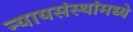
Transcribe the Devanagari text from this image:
न्यायसंस्थांमध्ये